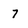
Character: 7